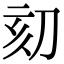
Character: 𠛳